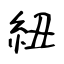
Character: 紐